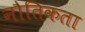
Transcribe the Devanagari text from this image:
नौतिकता